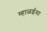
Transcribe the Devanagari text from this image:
म्हाळईसा